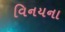
વિનયના